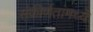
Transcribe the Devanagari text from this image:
संकीर्णतांमध्ये